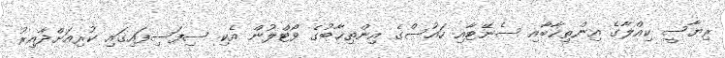
ރިޔާސީ ކިއްލާގެ އިންތިޚާބާއި ސެނޭޓާއި ހައުސްގެ އިންތިޚާބުގެ ވޯޓްލުން އެކި ސިފަސިފައިގައި ކުރިއަށްދާއިރު